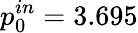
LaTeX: p_{0}^{in}=3.695